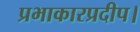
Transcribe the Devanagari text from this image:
प्रभाकारप्रदीप।